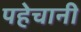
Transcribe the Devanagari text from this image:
पहेचानी